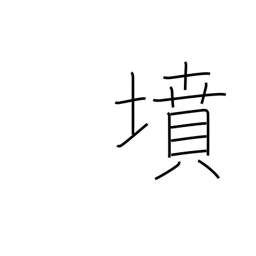
Meaning: tomb